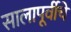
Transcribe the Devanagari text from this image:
सालापूर्वीचे